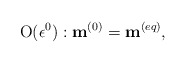
\begin{align*}{\rm O}(\epsilon ^0):{{{\bf{ m}}}}^{(0)}={{{\bf{ m}}}}^{(eq)}, \end{align*}